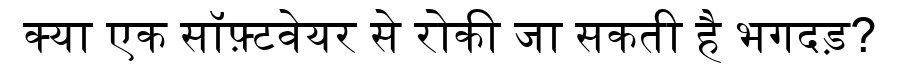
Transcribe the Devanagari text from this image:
क्या एक सॉफ़्टवेयर से रोकी जा सकती है भगदड़?